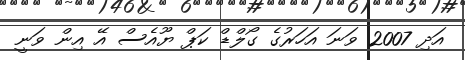
އަދި 2007 ވަނަ އަހަރުގެ ގޯލްޑް ކަޕް ޔޫއެސް އޭ އިން ވަނީ